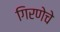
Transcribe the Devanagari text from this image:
गिरणेचे